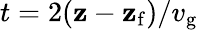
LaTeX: t=2(\mathbf{z}-\mathbf{z}_{\mathrm{{f}}})/v_{\mathrm{{g}}}